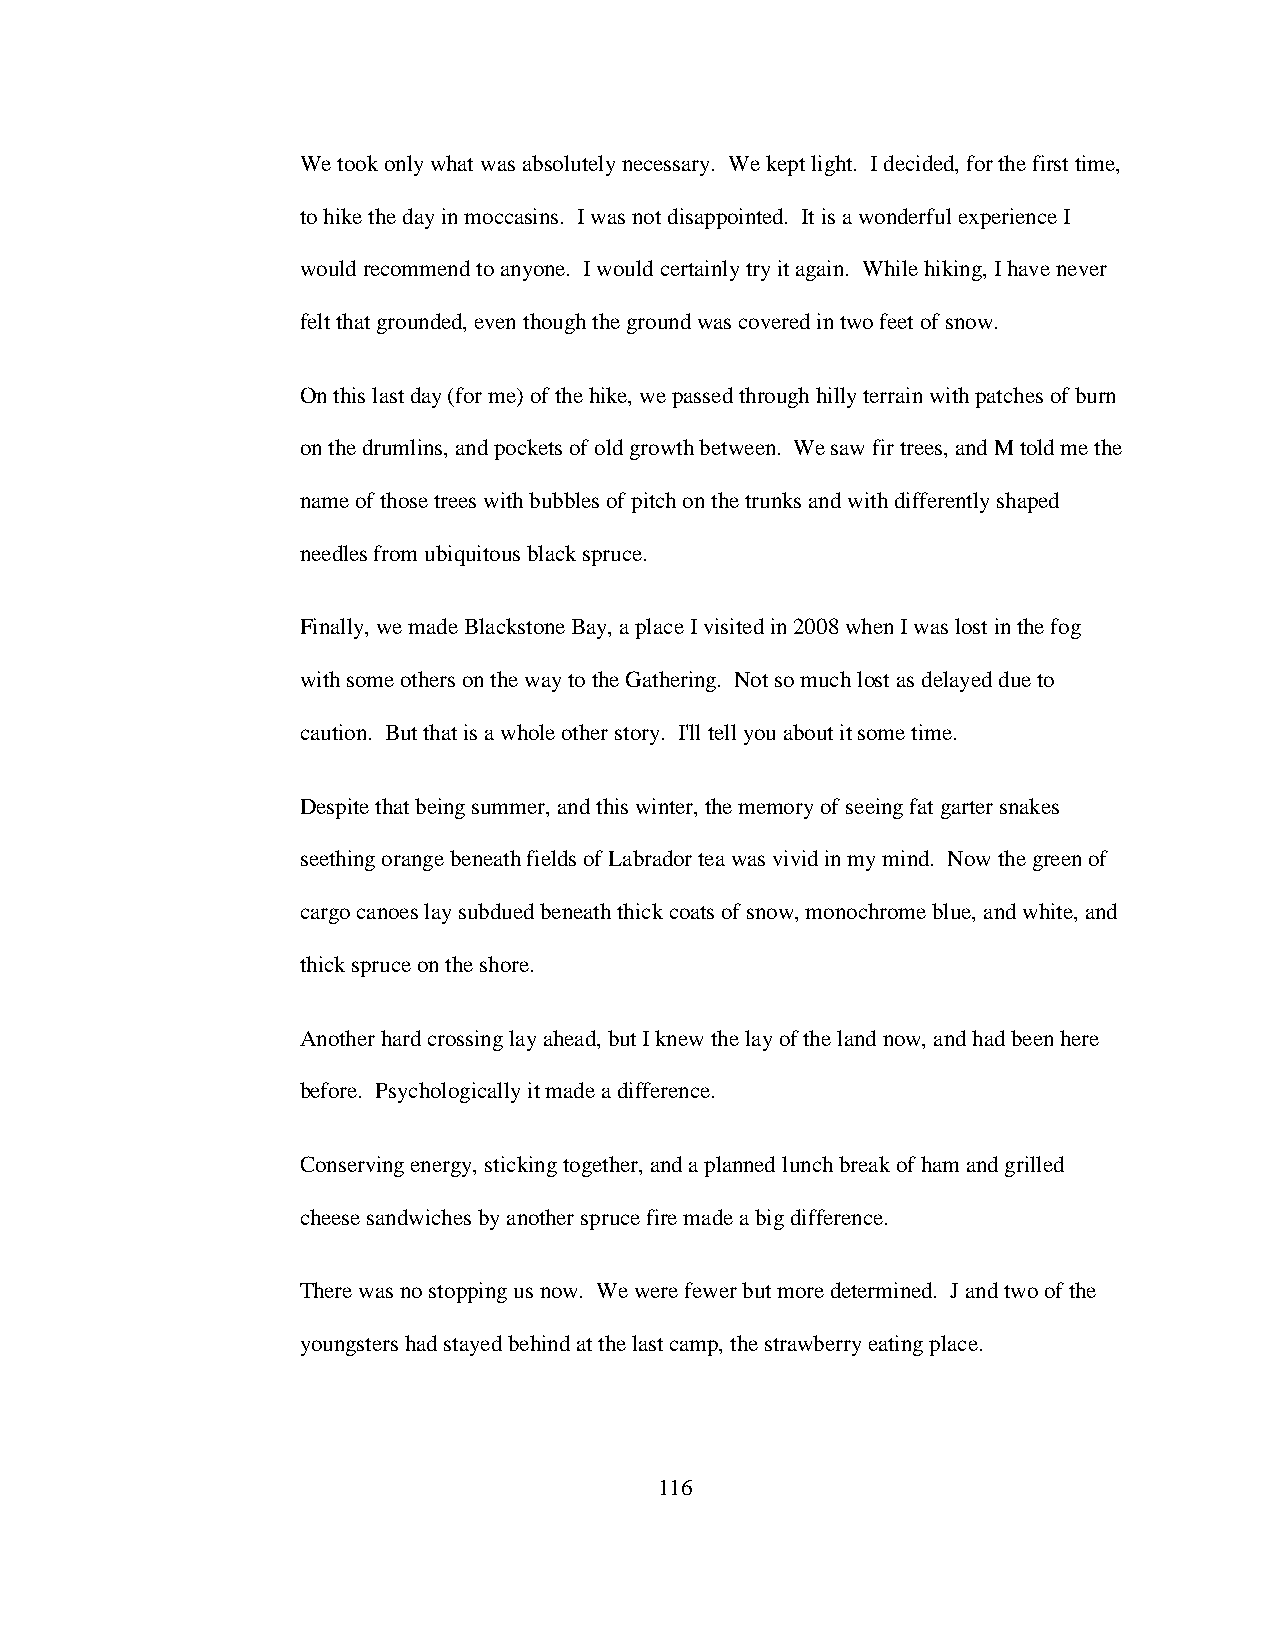
We took only what was absolutely necessary. We kept light. I decided, for the first time,
 to hike the day in moccasins. I was not disappointed. It is a wonderful experience I
 would recommend to anyone. I would certainly try it again. While hiking, I have never
 felt that grounded, even though the ground was covered in two feet of snow.
 On this last day (for me) of the hike, we passed through hilly terrain with patches of burn
 on the drumlins, and pockets of old growth between. We saw fir trees, and M told me the
 name of those trees with bubbles of pitch on the trunks and with differently shaped
 needles from ubiquitous black spruce.
 Finally, we made Blackstone Bay, a place I visited in 2008 when I was lost in the fog
 with some others on the way to the Gathering. Not so much lost as delayed due to
 caution. But that is a whole other story. I'll tell you about it some time.
 Despite that being summer, and this winter, the memory of seeing fat garter snakes
 seething orange beneath fields of Labrador tea was vivid in my mind. Now the green of
 cargo canoes lay subdued beneath thick coats of snow, monochrome blue, and white, and
 thick spruce on the shore.
 Another hard crossing lay ahead, but I knew the lay of the land now, and had been here
 before. Psychologically it made a difference.
 Conserving energy, sticking together, and a planned lunch break of ham and grilled
 cheese sandwiches by another spruce fire made a big difference.
 There was no stopping us now. We were fewer but more determined. J and two of the
 youngsters had stayed behind at the last camp, the strawberry eating place.
 116